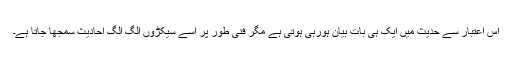
اس اعتبار سے حدیث میں ایک ہی بات بیان ہورہی ہوتی ہے مگر فنی طور پر اسے سیکڑوں الگ الگ احادیث سمجھا جاتا ہے۔